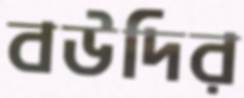
বউদির